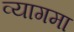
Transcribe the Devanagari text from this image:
व्यागमा